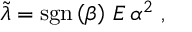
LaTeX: \widetilde { \lambda } = \mathrm { s g n } \left( \beta \right) \, E \, \alpha ^ { 2 } \; ,